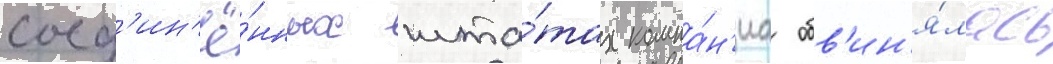
соед'ин'ё́нных шта́тах компа́н'иа обв'ин'я́лась